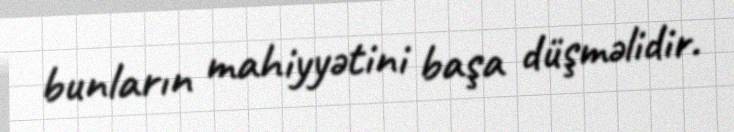
bunların mahiyyətini başa düşməlidir.